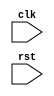
module timing_control_module (
    input wire clk,
    input wire rst,
    // add other inputs and outputs as needed
);

// code for timing control module goes here

endmodule